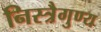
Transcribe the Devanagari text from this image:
निस्त्रैगुण्य